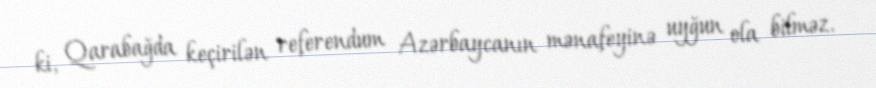
ki, Qarabağda keçirilən referendum Azərbaycanın mənafeyinə uyğun ola bilməz.